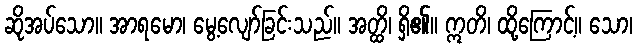
ဆိုအပ်သော။ အာရမော၊ မွေ့လျော်ခြင်းသည်။ အတ္ထိ၊ ရှိ၏။ ဣတိ၊ ထို့ကြောင့်။ သော၊